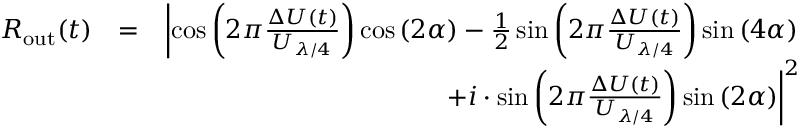
\begin{array} { r l r } { R _ { \mathrm { o u t } } ( t ) } & { = } & { \left| \cos \left( 2 \pi \frac { \Delta U ( t ) } { U _ { \lambda / 4 } } \right) \cos \left( 2 \alpha \right) - \frac { 1 } { 2 } \sin \left( 2 \pi \frac { \Delta U ( t ) } { U _ { \lambda / 4 } } \right) \sin \left( 4 \alpha \right) \right. } \\ & { } & { \left. + i \cdot \sin \left( 2 \pi \frac { \Delta U ( t ) } { U _ { \lambda / 4 } } \right) \sin \left( 2 \alpha \right) \right| ^ { 2 } } \end{array}